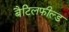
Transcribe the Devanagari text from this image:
बैटिलफील्ड